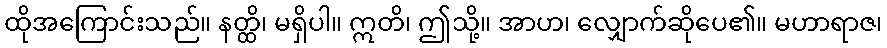
ထိုအကြောင်းသည်။ နတ္ထိ၊ မရှိပါ။ ဣတိ၊ ဤသို့။ အာဟ၊ လျှောက်ဆိုပေ၏။ မဟာရာဇ၊